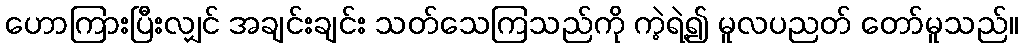
ဟောကြားပြီးလျှင် အချင်းချင်း သတ်သေကြသည်ကို ကဲ့ရဲ့၍ မူလပညတ် တော်မူသည်။